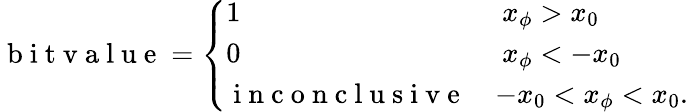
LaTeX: \begin{array}{r}{\mathrm{~b~i~t~v~a~l~u~e~}=\left\{ \begin{array}{ll}{1}&{\ x_{\phi}>x_{0}}\\ {0}&{\ x_{\phi}<-x_{0}}\\ {\mathrm{~i~n~c~o~n~c~l~u~s~i~v~e~}}&{-x_{0}<x_{\phi}<x_{0}.}\end{array}\right.}\end{array}